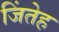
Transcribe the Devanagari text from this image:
जिंतेह